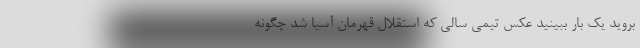
بروید یک بار ببینید عکس تیمی سالی که استقلال قهرمان آسیا شد چگونه